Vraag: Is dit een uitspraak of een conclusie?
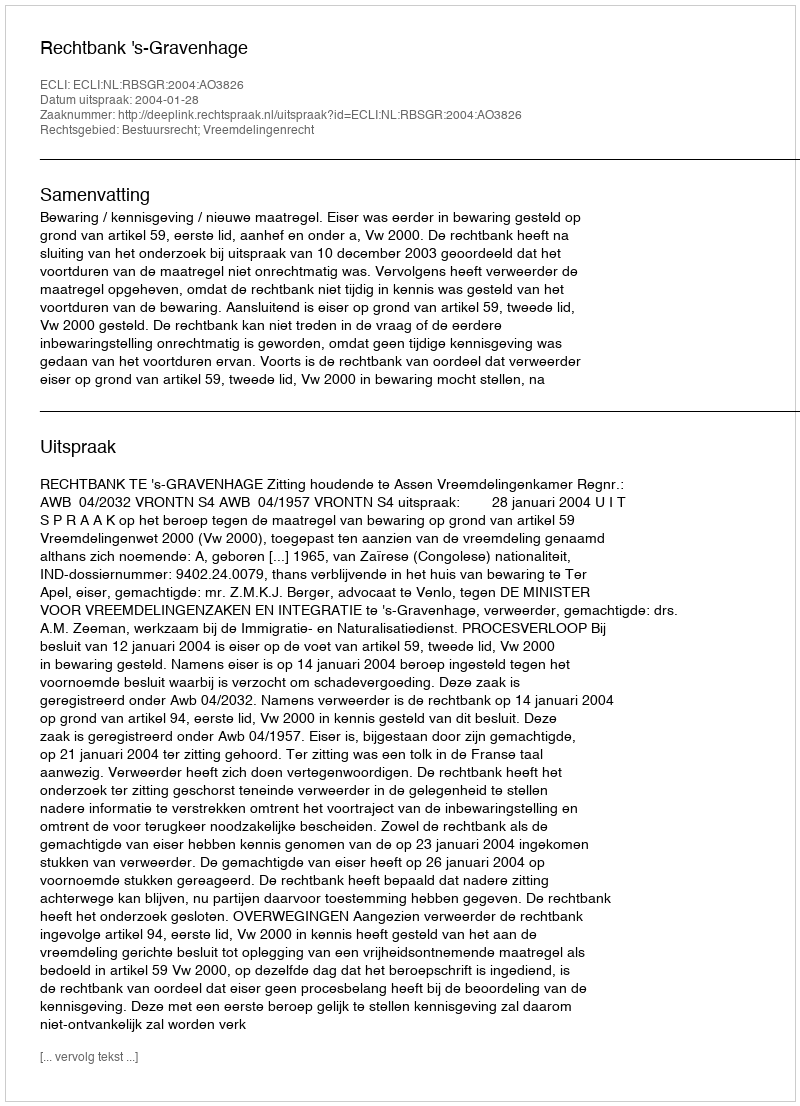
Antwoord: Uitspraak